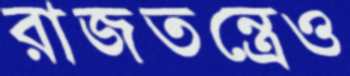
রাজতন্ত্রেও